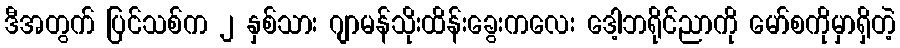
ဒီအတွက် ပြင်သစ်က ၂ နှစ်သား ဂျာမန်သိုးထိန်းခွေးကလေး ဒေါ့ဘရိုင်ညာကို မော်စကိုမှာရှိတဲ့